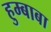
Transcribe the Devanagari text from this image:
हुम्बाबा